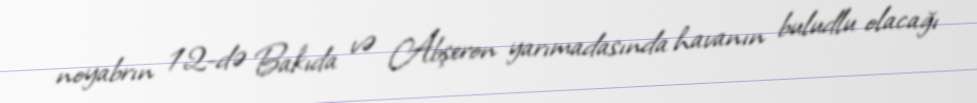
noyabrın 12-də Bakıda və Abşeron yarımadasında havanın buludlu olacağı